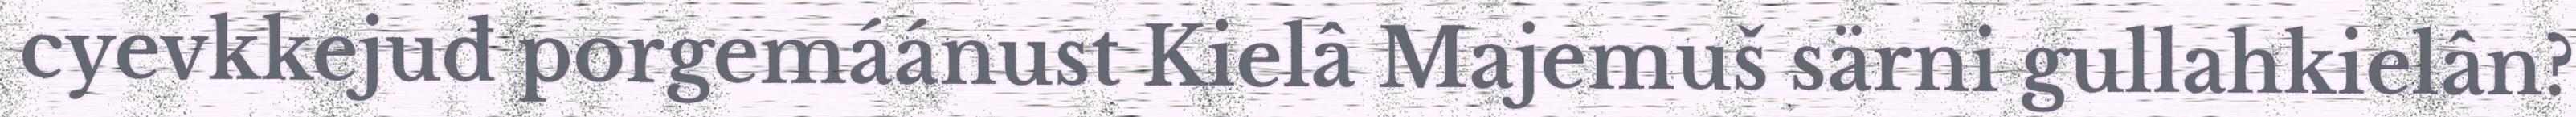
cyevkkejuđ porgemáánust Kielâ Majemuš särni gullahkielân?